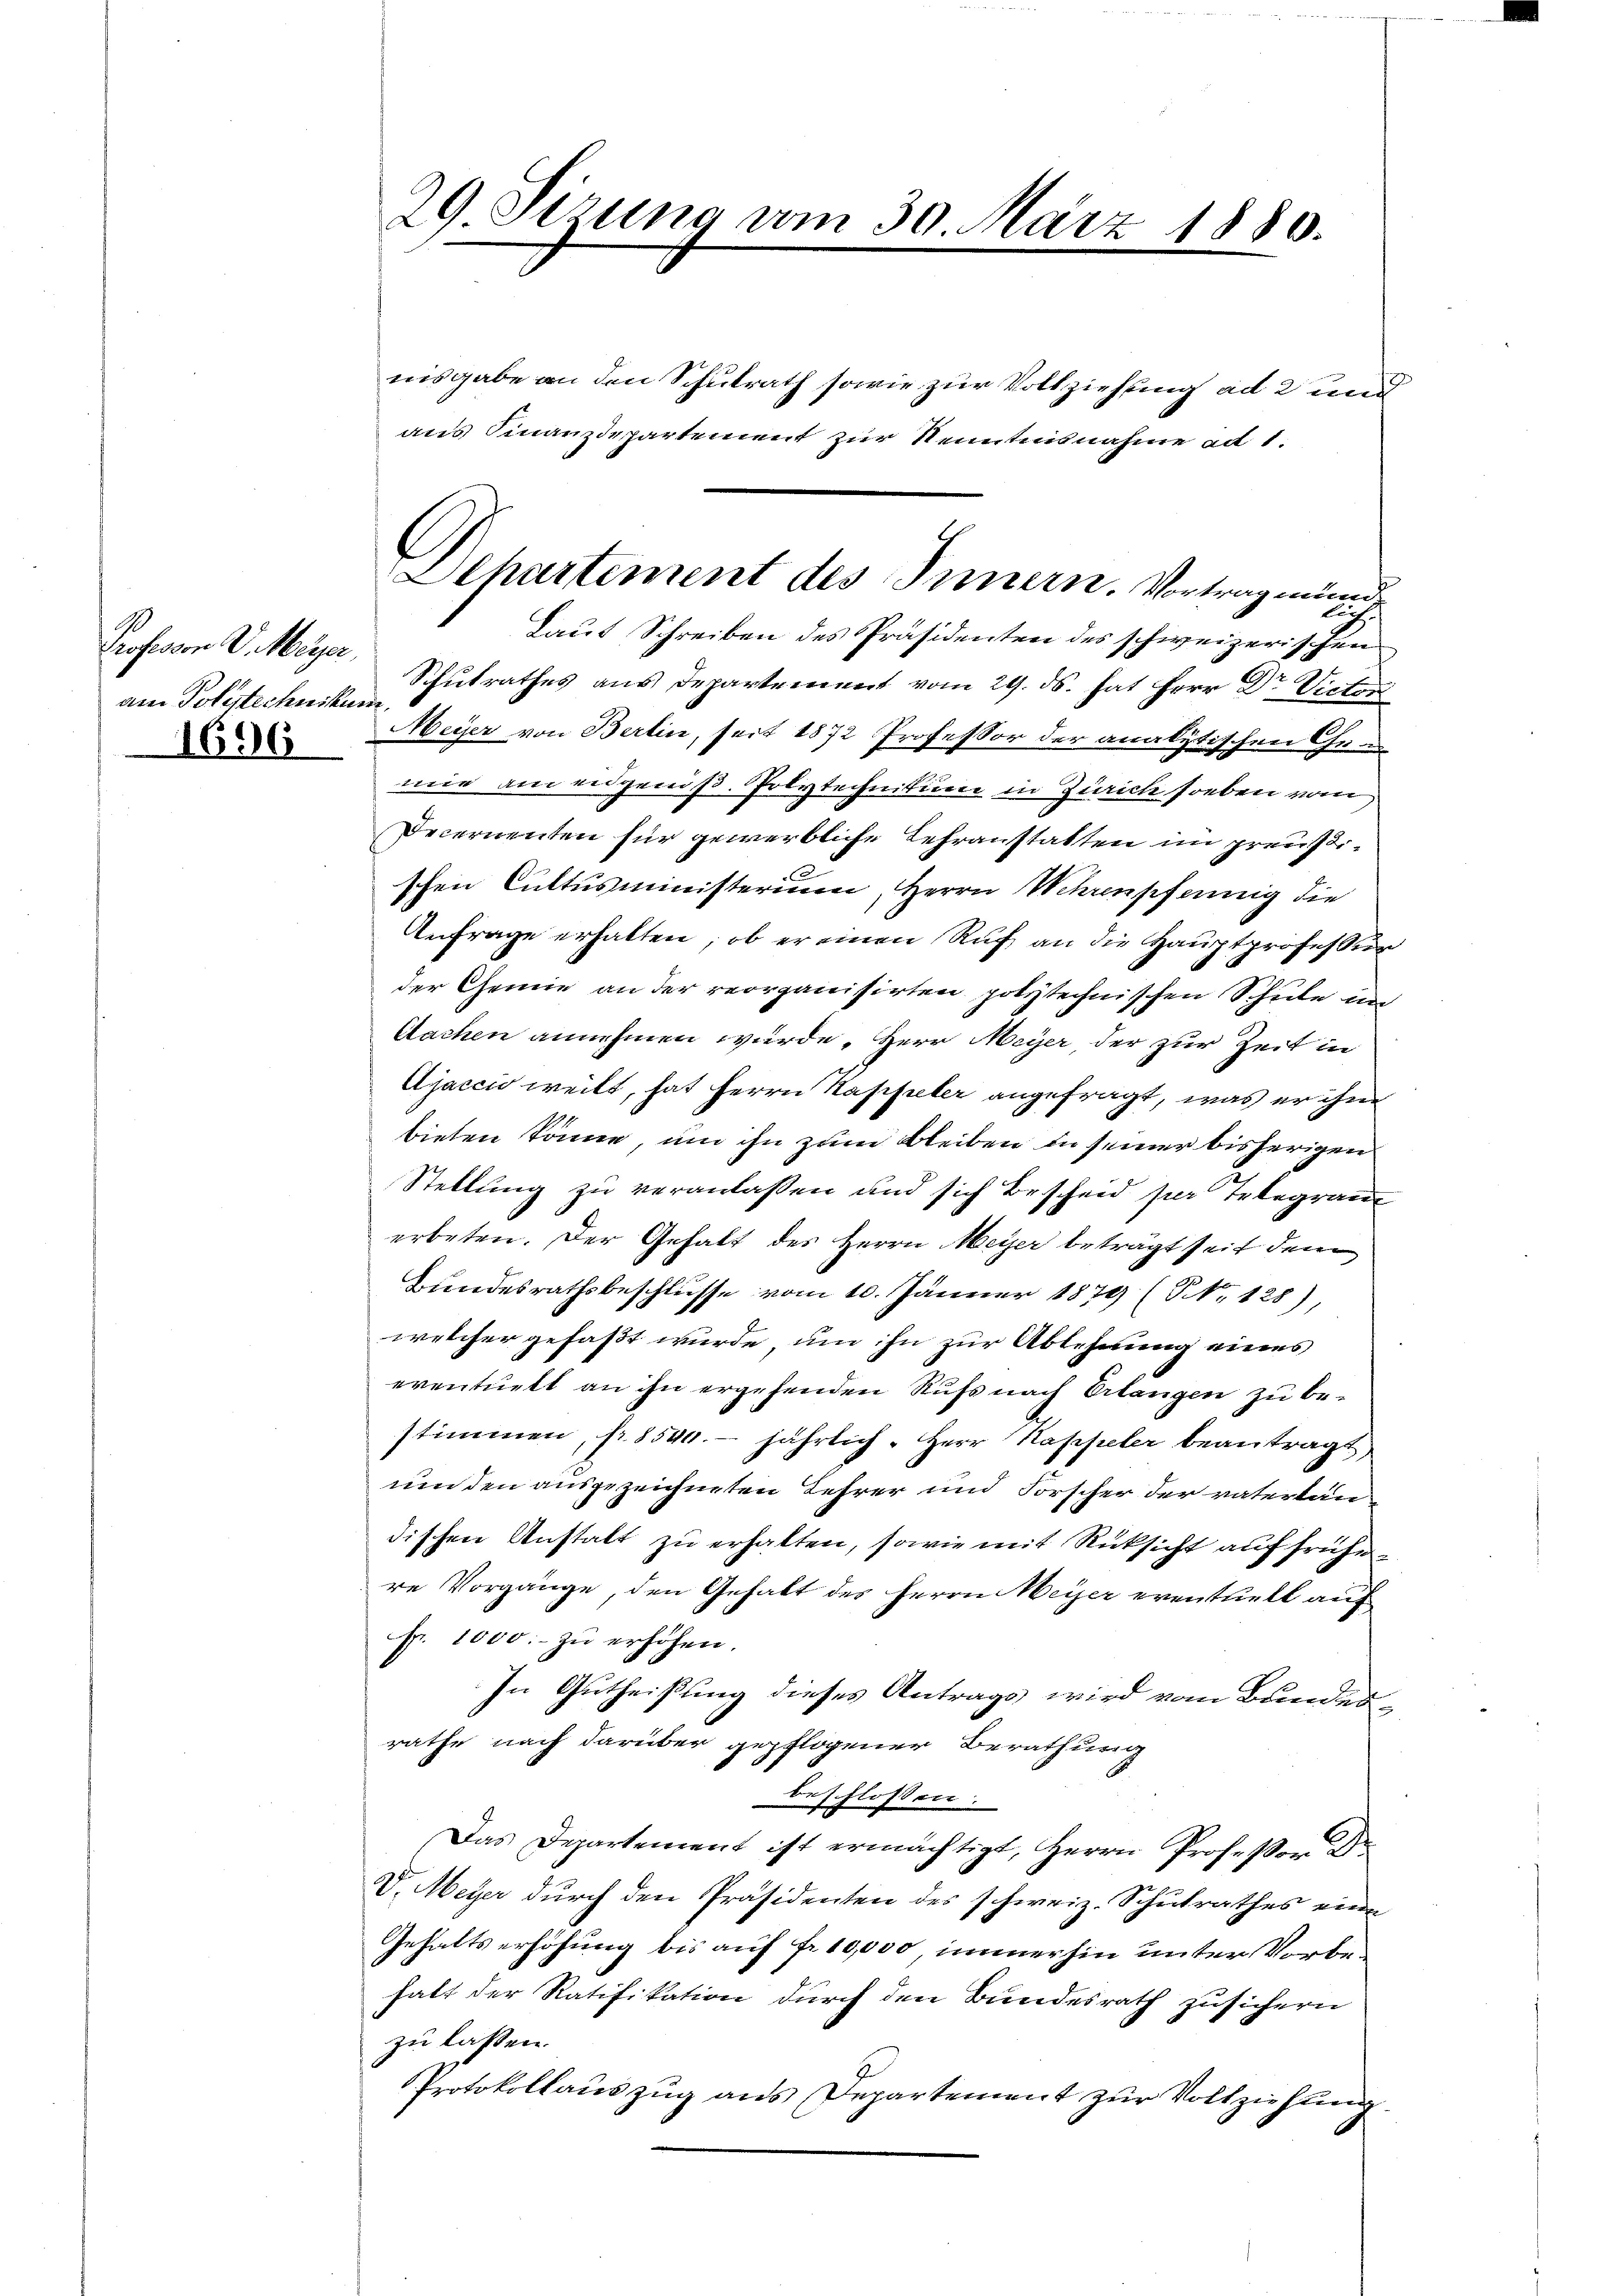
Professor V. Meyer,
am Polytechniku
1696

29 Sizung vom 30. März 1880.

Dehartement des Innern. Vortrag einen

nisgabe an den Schulrath sowie zur Vollziehung ad 2 und
aus Finanzdepartement zur Kenntnisnahme ad 1.
Laut Schreiben des Präsidenten des schweizerischen
Schulrathes aus Departement vom 29. ds. hat Herr Dr. Victor
d
Meyer von Berlin, seit 1872 Professor der analytischen Che
mie am eidgenöß. Polytechnikum in Zürich soeben vom
Decernenten für gewerbliche Lehranstatten im preußischen Cultusministerium, Herrn Wehrenscheinig die
Anfrage erhalten, ob er einen Ruf, an die Hauptprofessur
der Gemie an der reorganisirten polytechnischen Schule un
Aachen annehmen würde, Herr Meyer, der zur Zeit in
Ajaccio weilt, hat Herrn Kappeler angefragt, was er ihm
bieten könne, um ihn zum Bleiben in seiner bisherigen
Stellung zu veranlassen und sich Bescheid per Telegram
erbeten. Der Gehalt des Herrn Meyer beträgt seit dem
Bundesrathsbeschlusse vom 10. Jänner 1879 (NNo. 128)
welcher gefaßt wurde, um ihn zur Ablehnung eines
eventuett an ihn ergehenden Rufs nach Erlangen zu be-
stimmen, fr. 8540. jährlich. Herr Kappeler beantragt
um den ausgezeichneten Lehrer und Forscher der vaterländischen Anstalt zu erhalten, sowie mit Rücksicht auf frühere Vorgänge, den Gehalt des Herrn Meyer eventuell auf
Fr. 1000.- zŭ erhöhen.
In Gutheißung dieses Antrags wird vom Bundesrathe nach darüber gepflogener Berathung
beschlossen:
Das Departement ist ermächtigt, Herrn Professor D
V. Meyer durch den Präsidenten des schweiz. Schulrathes eine
Gehaltserhöhung bis auf fr. 10,000, immerhin unter Vorbehalt der Ratifikation durch den Bundesrath zusichern
zu lassen.
Protokollauszug aus Departement zur Vollziehung.